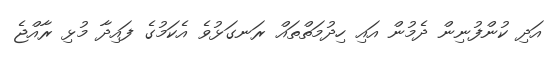
އަދި ކުންފުނިން ދެމުން އައި ހިދުމަތްތައް ރަނގަޅުވެ އެކަމުގެ ފައިދާ މުޅި ރާއްޖެ